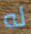
له